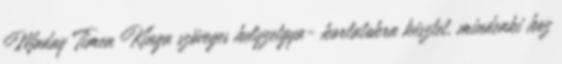
Maday Timea Kinga szöveges helyzetgya- korlatokra késztet, mindenki hoz